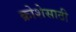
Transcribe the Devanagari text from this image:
क्रोशेसाठी